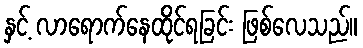
နှင့် လာရောက်နေထိုင်ရခြင်း ဖြစ်လေသည်။